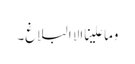
وما علینا الا البلاغ۔